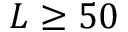
L \ge 5 0